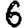
Digit: 6